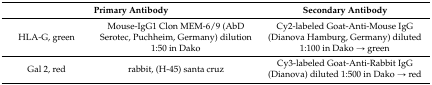
| <COLSPAN=2> Primary Antibody | Secondary Antibody |
 | --- | --- | --- |
 | HLA-G, green | Mouse-IgG1 Clon MEM-6/9 (AbD Serotec, Puchheim, Germany) dilution 1:50 in Dako | Cy2-labeled Goat-Anti-Mouse IgG (Dianova Hamburg, Germany) diluted 1:100 in Dako → green |
 | Gal 2, red | rabbit, (H-45) santa cruz | Cy3-labeled Goat-Anti-Rabbit IgG (Dianova) diluted 1:500 in Dako → red |